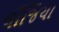
લીજિયા